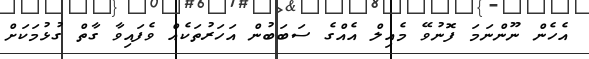
އެހެން ނޫންނަމަ ފޮނުވޭ މެއިލް އެއްގެ ސަބަބުން އަހަރުތަކެއް ވެފައިވާ ގާތް ގުޅުމަކަށް